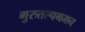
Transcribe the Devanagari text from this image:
गुरुतल्पगमन